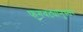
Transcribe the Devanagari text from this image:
फुगवट्यानुसार